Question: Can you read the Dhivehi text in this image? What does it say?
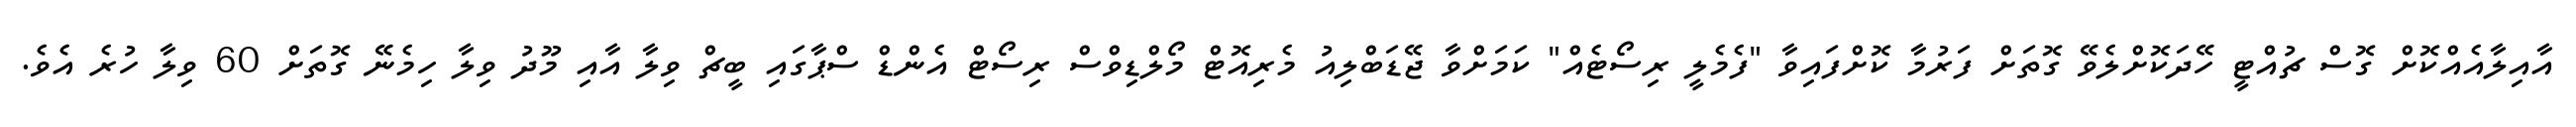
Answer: އާއިލާއެއްކޮށް ގޮސް ޗުއްޓީ ހޭދަކޮށްލެވޭ ގޮތަށް ފަރުމާ ކޮށްފައިވާ "ފެމެލީ ރިސޯޓެއް" ކަމަށްވާ ޖޭޑަބްލިއު މެރިއޮޓް މޯލްޑިވްސް ރިސޯޓް އެންޑް ސްޕާގައި ބީޗް ވިލާ އާއި މޫދު ވިލާ ހިމެނޭ ގޮތަށް 60 ވިލާ ހުރެ އެވެ.